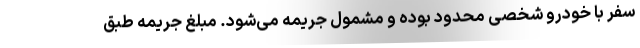
سفر با خودرو شخصی محدود بوده و مشمول جریمه می‌شود. مبلغ جریمه طبق